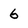
Character: 6